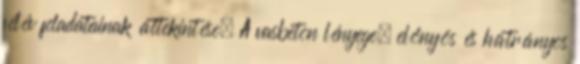
félév feladatainak áttekintése. A vasbeton lényege, előnyös és hátrányos